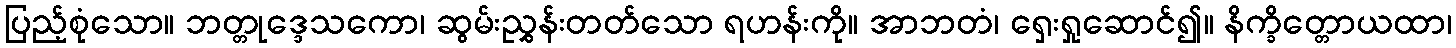
ပြည့်စုံသော။ ဘတ္တုဒ္ဒေသကော၊ ဆွမ်းညွှန်းတတ်သော ရဟန်းကို။ အာဘတံ၊ ရှေးရှုဆောင်၍။ နိက္ခိတ္တောယထာ၊